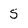
Character: S